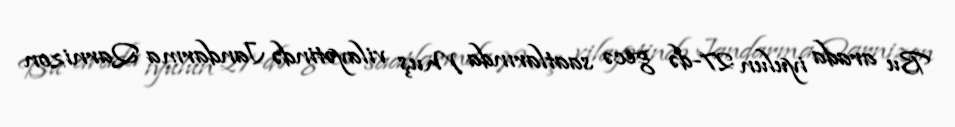
Bu arada iyulun 27-də gecə saatlarında Muş vilayətində Jandarma Qarnizon